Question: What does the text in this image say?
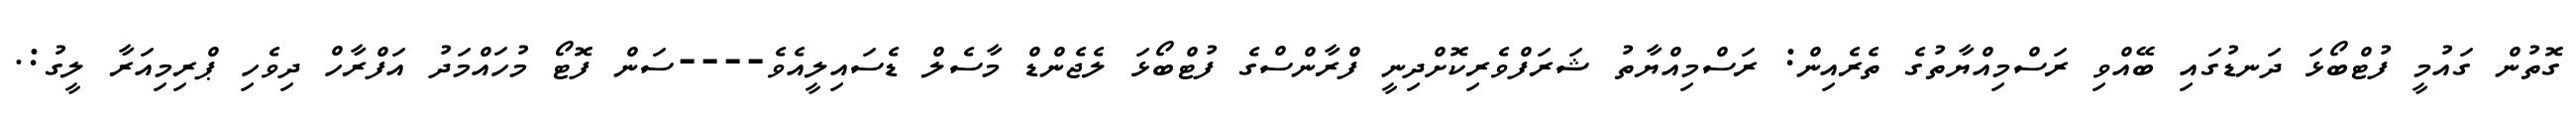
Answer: ގޮތުން ގައުމީ ފުޓްބޯޅަ ދަނޑުގައި ބޭއްވި ރަސްމިއްޔާތުގެ ތެރެއިން: ރަސްމިއްޔާތު ޝަރަފްވެރިކޮށްދިނީ ފްރާންސްގެ ފުޓްބޯޅަ ލެޖެންޑް މާސެލް ޑެސައިލީއެވެ----ސަން ފޮޓޯ މުހައްމަދު އަފްރާހް ދިވެހި ޕްރިމިއަރާ ލީގު:.